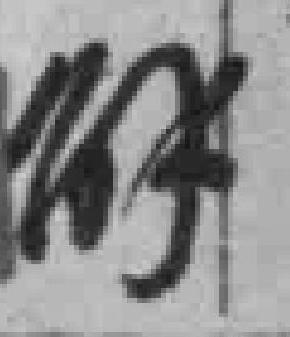
解